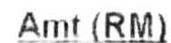
AMT (RM)